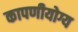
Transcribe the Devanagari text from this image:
कापणीयोग्य